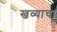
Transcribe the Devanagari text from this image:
खव्याचा